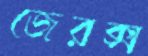
জেরক্স